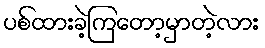
ပစ်ထားခဲ့ကြတော့မှာတဲ့လား